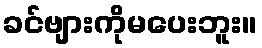
ခင်ဗျားကိုမပေးဘူး။